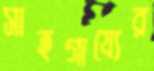
সাহগায্যের